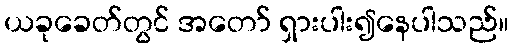
ယခုခေတ်တွင် အတော် ရှားပါး၍နေပါသည်။